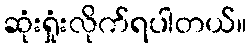
ဆုံးရှုံးလိုက်ရပါတယ်။